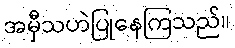
အမှီသဟဲပြုနေကြသည်။